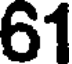
61